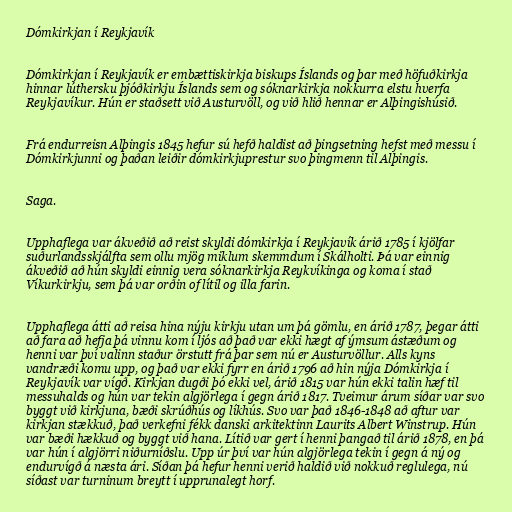
Dómkirkjan í Reykjavík

Dómkirkjan í Reykjavík er embættiskirkja biskups Íslands og þar með höfuðkirkja
hinnar lúthersku þjóðkirkju Íslands sem og sóknarkirkja nokkurra elstu hverfa
Reykjavíkur. Hún er staðsett við Austurvöll, og við hlið hennar er Alþingishúsið.

Frá endurreisn Alþingis 1845 hefur sú hefð haldist að þingsetning hefst með messu í
Dómkirkjunni og þaðan leiðir dómkirkjuprestur svo þingmenn til Alþingis.

Saga.

Upphaflega var ákveðið að reist skyldi dómkirkja í Reykjavík árið 1785 í kjölfar
suðurlandsskjálfta sem ollu mjög miklum skemmdum í Skálholti. Þá var einnig
ákveðið að hún skyldi einnig vera sóknarkirkja Reykvíkinga og koma í stað
Víkurkirkju, sem þá var orðin of lítil og illa farin.

Upphaflega átti að reisa hina nýju kirkju utan um þá gömlu, en árið 1787, þegar átti
að fara að hefja þá vinnu kom í ljós að það var ekki hægt af ýmsum ástæðum og
henni var því valinn staður örstutt frá þar sem nú er Austurvöllur. Alls kyns
vandræði komu upp, og það var ekki fyrr en árið 1796 að hin nýja Dómkirkja í
Reykjavík var vígð. Kirkjan dugði þó ekki vel, árið 1815 var hún ekki talin hæf til
messuhalds og hún var tekin algjörlega í gegn árið 1817. Tveimur árum síðar var svo
byggt við kirkjuna, bæði skrúðhús og líkhús. Svo var það 1846-1848 að aftur var
kirkjan stækkuð, það verkefni fékk danski arkitektinn Laurits Albert Winstrup. Hún
var bæði hækkuð og byggt við hana. Lítið var gert í henni þangað til árið 1878, en þá
var hún í algjörri niðurníðslu. Upp úr því var hún algjörlega tekin í gegn á ný og
endurvígð á næsta ári. Síðan þá hefur henni verið haldið við nokkuð reglulega, nú
síðast var turninum breytt í upprunalegt horf.